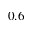
0 . 6